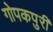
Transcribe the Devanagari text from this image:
गोपकपुरी